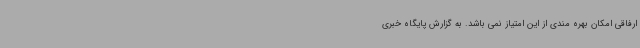
ارفاقی امکان بهره مندی از این امتیاز نمی باشد. به گزارش پایگاه خبری